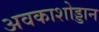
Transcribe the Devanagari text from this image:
अवकाशोड्डान